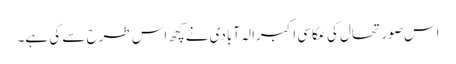
اس صورتحال کی عکاسی اکبرالہ آبادی نےکچھ اس طرح سے کی ہے۔